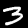
Label: 3